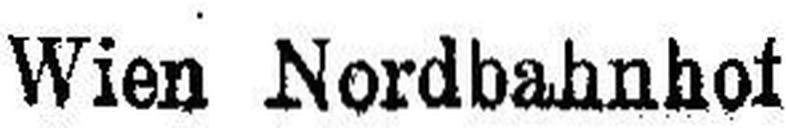
Wien Nordbahnhof